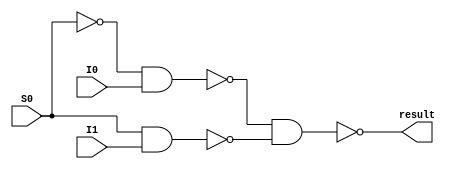
module mux2_1( result, S0, I1, I0);

input I0, I1 ;
input S0 ;

output result ;

wire not_S0 ;
wire and_input0, and_input1, not_and_input0, not_and_input1, andAllinput ;

not notS0( not_S0, S0 ) ; // 1



and andInput0( and_input0, not_S0, I0 ) ; // 3

and andInput1( and_input1, S0, I1 ) ;  // 4

not notandInput0( not_and_input0, and_input0 ) ;

not notandInput1( not_and_input1, and_input1 ) ;

and andAll( andAllinput, not_and_input0, not_and_input1 ) ;

not create_result( result, andAllinput ) ;

endmodule